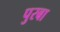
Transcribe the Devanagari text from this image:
पुरबा